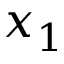
x _ { 1 }